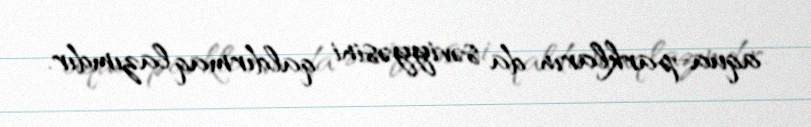
aqua-parkların da səviyyəsini qaldırmaq lazımdır.